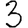
Digit: 3